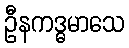
ဦနကဒ္ဓမာသေ